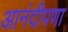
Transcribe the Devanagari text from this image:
आनंदीपणा